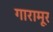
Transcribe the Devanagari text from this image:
गारामूर